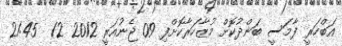
އަބްހަރީ ފާމަސީ ބަންދުކޮށް މުޒާހަރާކޮށްފި 09 ޖެނުއަރީ 2012 12  21:45